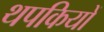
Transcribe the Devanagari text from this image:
थपकियों